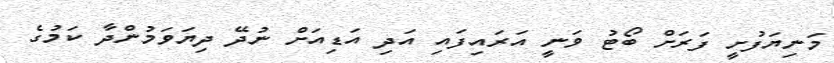
މަނިޔަފުށީ ފަރަށް ބޯޓު ވަނީ އަރައިފައި އަދި އަޑިއަށް ނުދޭ ދިޔަވަމުންދާ ކަމުގެ